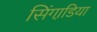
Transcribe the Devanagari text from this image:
सिंगाडि़या